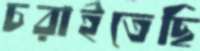
চরাইতেছি